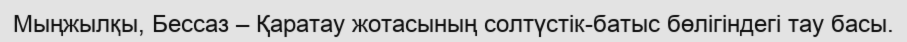
Мыңжылқы, Бессаз – Қаратау жотасының солтүстік-батыс бөлігіндегі тау басы.